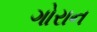
ગોરાન